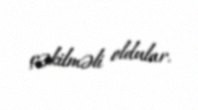
çəkilməli oldular.